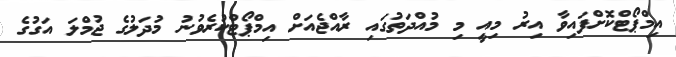
އިމްޕޯޓްކޮށްފައިވާ އިރު މިއީ މި މުއްދަތުގައި ރާއްޖެއަށް އިމްޕޯޓްކުރެވުނު މުދަލުގެ ޖުމްލަ އަގުގެ